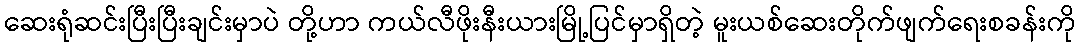
ဆေးရုံဆင်းပြီးပြီးချင်းမှာပဲ တို့ဟာ ကယ်လီဖိုးနီးယားမြို့ပြင်မှာရှိတဲ့ မူးယစ်ဆေးတိုက်ဖျက်ရေးစခန်းကို